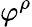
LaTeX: \varphi^{\rho}